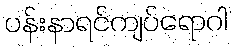
ပန်းနာရင်ကျပ်ရောဂါ